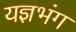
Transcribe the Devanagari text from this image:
यज्ञभंग